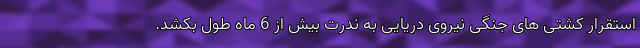
استقرار کشتی های جنگی نیروی دریایی به ندرت بیش از 6 ماه طول بکشد.